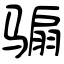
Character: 骟